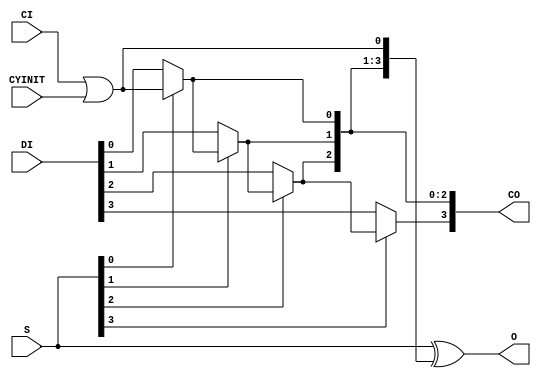
`ifdef verilator3
`else
`timescale 1 ps / 1 ps
`endif
//
// CARRY4 primitive for Xilinx FPGAs
// Compatible with Verilator tool (www.veripool.org)
// Copyright (c) 2019-2022 Frdric REQUIN
// License : BSD
//

module CARRY4
(
    // Carry cascade input
    input  wire       CI,
    // 
    input  wire       CYINIT,
    // Carry MUX data input
    input  wire [3:0] DI,
    // Carry MUX select line
    input  wire [3:0] S,
    // Carry out of each stage of the chain
    output wire [3:0] CO,
    // Carry chain XOR general data out
    output wire [3:0] O
);
    wire _w_CO0 = S[0] ? CI | CYINIT : DI[0];
    wire _w_CO1 = S[1] ?      _w_CO0 : DI[1];
    wire _w_CO2 = S[2] ?      _w_CO1 : DI[2];
    wire _w_CO3 = S[3] ?      _w_CO2 : DI[3];

    assign CO   = { _w_CO3, _w_CO2, _w_CO1, _w_CO0 };

    assign O    =  S ^ { _w_CO2, _w_CO1, _w_CO0, CI | CYINIT };

endmodule